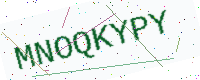
Text: MNOQKYPY